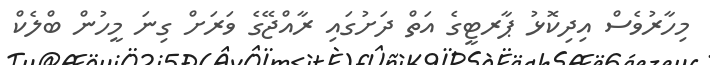
މިހާރުވެސް އިދިކޮޅު ޕާރޓީގެ އަތް ދަށުގައި ރާއްޖޭގެ ވަރަށް ގިނަ މީހުން ބްލެކް